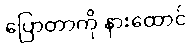
ပြောတာကို နားထောင်